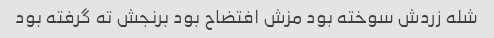
شله زردش سوخته بود مزش افتضاح بود برنجش ته گرفته بود